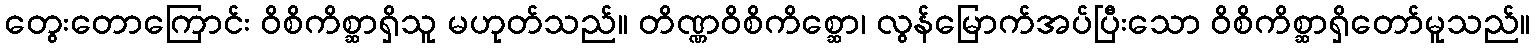
တွေးတောကြောင်း ဝိစိကိစ္ဆာရှိသူ မဟုတ်သည်။ တိဏ္ဏဝိစိကိစ္ဆော၊ လွန်မြောက်အပ်ပြီးသော ဝိစိကိစ္ဆာရှိတော်မူသည်။